Annual administration report of the Civil Veterinary Department of India - 1896-1897
Year: 1896
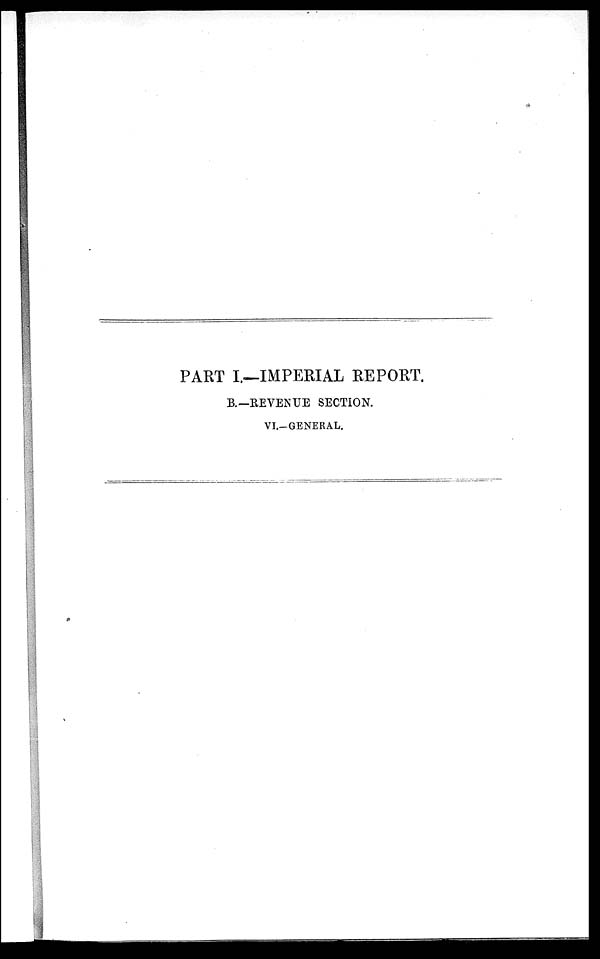
PART I.—IMPERIAL REPORT.
B.—REVENUE SECTION.
VI.-GENERAL.